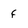
Character: f